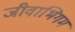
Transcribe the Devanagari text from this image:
जीवाभिगम